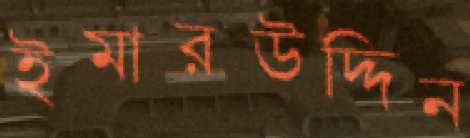
ইমারউদ্দিন